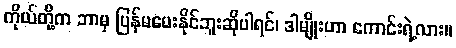
ကိုယ်တို့က ဘာမှ ပြန်မပေးနိုင်ဘူးဆိုပါရင်၊ ဒါမျိုးဟာ ကောင်းရဲ့လား။